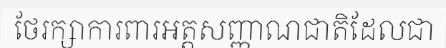
ថែរក្សាការពារអត្តសញ្ញាណជាតិដែលជា